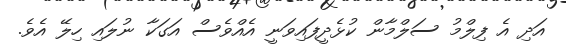
އަދި އެ ފިލްމު ސަލްމާން ކުޅެދީފައިވަނީ އެއްވެސް އަގަކާ ނުލައި ހިލޭ އެވެ.